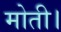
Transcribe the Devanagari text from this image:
मोती।